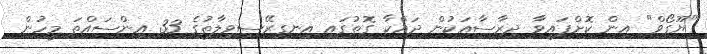
"ޔޫގޯވް" އިން ކޮށްފައިވާ ދިރާސާއަކުން ދައްކާ ގޮތުގައި އިނގިރޭސިވިލާތުގެ 33 އިންސައްތަ މީހުން